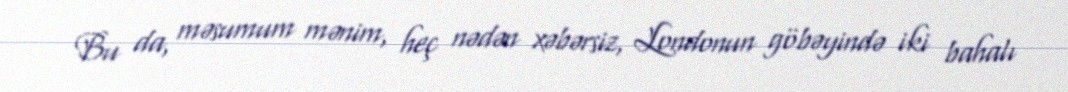
Bu da, məsumum mənim, heç nədən xəbərsiz, Londonun göbəyində iki bahalı